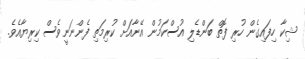
ޝިކާ ހިފައިގެން ހުރި ފޮތް ބަންޑެލި އުސްކަމުން އޭނާއަށް ކުރިމަތި ފެންނަނީވެސް ކިރިޔާއެވެ.